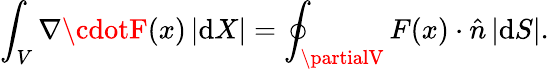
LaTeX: \int_{V}\nabla\cdotF(x)\, |\mathrm{d}X|=\oint_{\partialV}F(x)\cdot{\hat{{n}}}\, |\mathrm{d}S|.